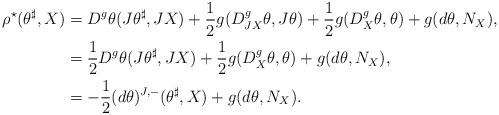
LaTeX: \begin{align*} \rho^\star(\theta^\sharp,X)&=D^g\theta(J\theta^\sharp,JX)+\frac{1}{2}g(D^g_{JX}\theta,J\theta)+\frac{1}{2}g(D^g_X\theta,\theta)+g(d\theta,N_X),\\ &=\frac{1}{2}D^g\theta(J\theta^\sharp,JX)+\frac{1}{2}g(D^g_X\theta,\theta)+g(d\theta,N_X),\\ &=-\frac{1}{2}(d\theta)^{J,-}(\theta^\sharp,X)+g(d\theta,N_X). \end{align*}